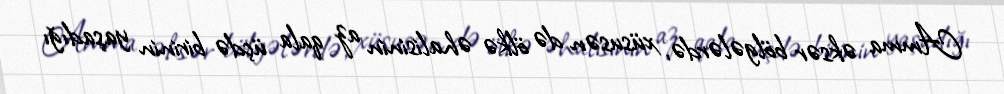
Amma əksər bölgələrdə, xüsusən də ölkə əhalisinin az qala üçdə birinin yaşadığı